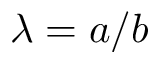
\lambda = a / b